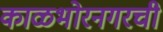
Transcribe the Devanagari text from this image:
काळभोरनगरची